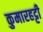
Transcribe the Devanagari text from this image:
कुमारहट्टी